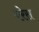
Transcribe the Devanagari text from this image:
बरेस